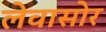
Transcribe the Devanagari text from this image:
लेवासोर